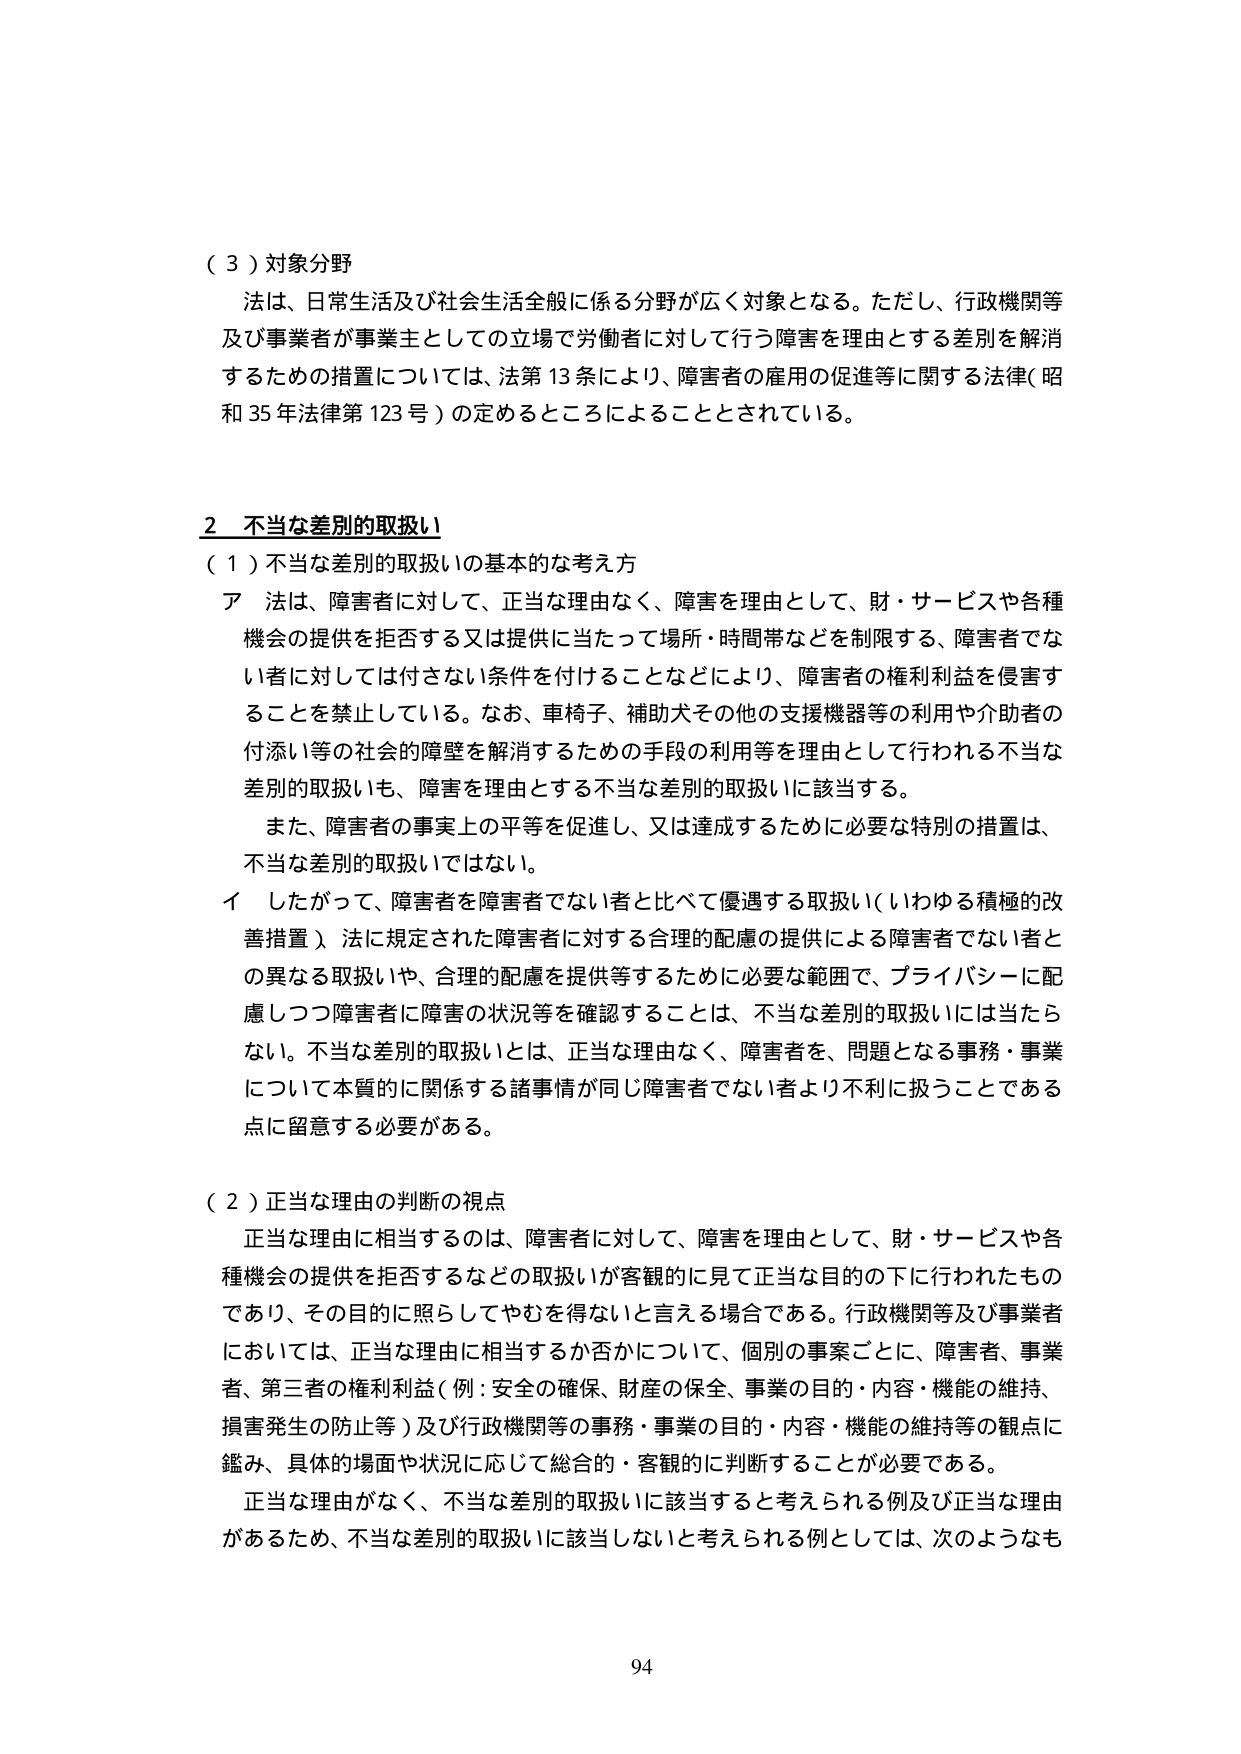
（３）対象分野
法は、日常生活及び社会生活全般に係る分野が広く対象となる。ただし、行政機関等及び事業者が事業主としての立場で労働者に対して行う障害を理由とする差別を解消するための措置については、法第13条により、障害者の雇用の促進等に関する法律（昭和35年法律第123号）の定めるところによることとされている。

2 不当な差別的取扱い
（１）不当な差別的取扱いの基本的な考え方
ア 法は、障害者に対して、正当な理由なく、障害を理由として、財・サービスや各種機会の提供を拒否する又は提供に当たって場所・時間帯などを制限する、障害者でない者に対しては付さない条件を付けることなどにより、障害者の権利利益を侵害することを禁止している。なお、車椅子、補助犬その他の支援機器等の利用や介助者の付添い等の社会的障壁を解消するための手段の利用等を理由として行われる不当な差別的取扱いも、障害を理由とする不当な差別的取扱いに該当する。
また、障害者の事実上の平等を促進し、又は達成するために必要な特別の措置は、不当な差別的取扱いではない。
イ したがって、障害者を障害者でない者と比べて優遇する取扱い（いわゆる積極的改善措置）、法に規定された障害者に対する合理的配慮の提供による障害者でない者との異なる取扱いや、合理的配慮を提供等するために必要な範囲で、プライバシーに配慮しつつ障害者に障害の状況等を確認することは、不当な差別的取扱いには当たらない。不当な差別的取扱いとは、正当な理由なく、障害者を、問題となる事務・事業について本質的に関係する諸事情が同じ障害者でない者より不利に扱うことである点に留意する必要がある。

（２）正当な理由の判断の視点
正当な理由に相当するのは、障害者に対して、障害を理由として、財・サービスや各種機会の提供を拒否するなどの取扱いが客観的に見て正当な目的の下に行われたものであり、その目的に照らしてやむを得ないと言える場合である。行政機関等及び事業者においては、正当な理由に相当するか否かについて、個別の事案ごとに、障害者、事業者、第三者の権利利益（例：安全の確保、財産の保全、事業の目的・内容・機能の維持、損害発生の防止等）及び行政機関等の事務・事業の目的・内容・機能の維持等の観点に鑑み、具体的場面や状況に応じて総合的・客観的に判断することが必要である。
正当な理由がなく、不当な差別的取扱いに該当すると考えられる例及び正当な理由があるため、不当な差別的取扱いに該当しないと考えられる例としては、次のようなも

94